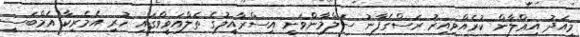
މިއަދު އިޢްލާން ކުރެއްވިއިރު ރަސްގެފާނު ސަލްމާންވަނީ އިސްރާއީލުގެ ތެލްއަވީވްގައި ހުރި އެމެރިކާ އެމްބަސީ